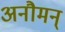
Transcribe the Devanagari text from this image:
अनौमन्